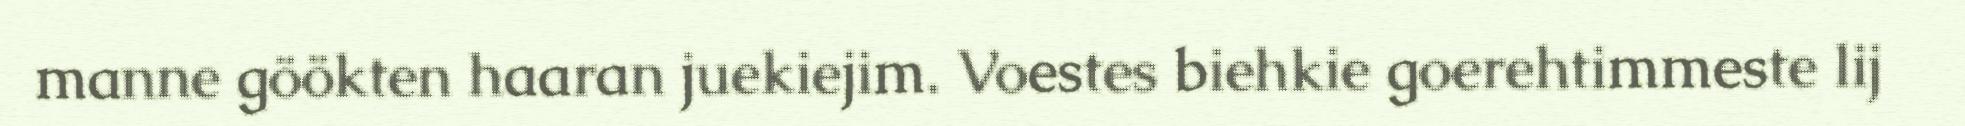
manne göökten haaran juekiejim. Voestes biehkie goerehtimmeste lij